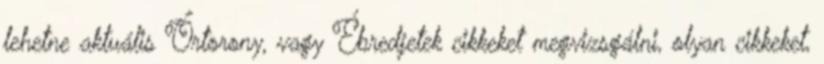
lehetne aktuális Őrtorony, vagy Ébredjetek cikkeket megvizsgálni, olyan cikkeket,